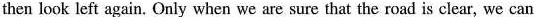
then look left again. Only when we are sure that the roadis clear, we can